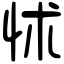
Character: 怵